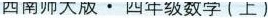
西南师大版·四年级数学（上）